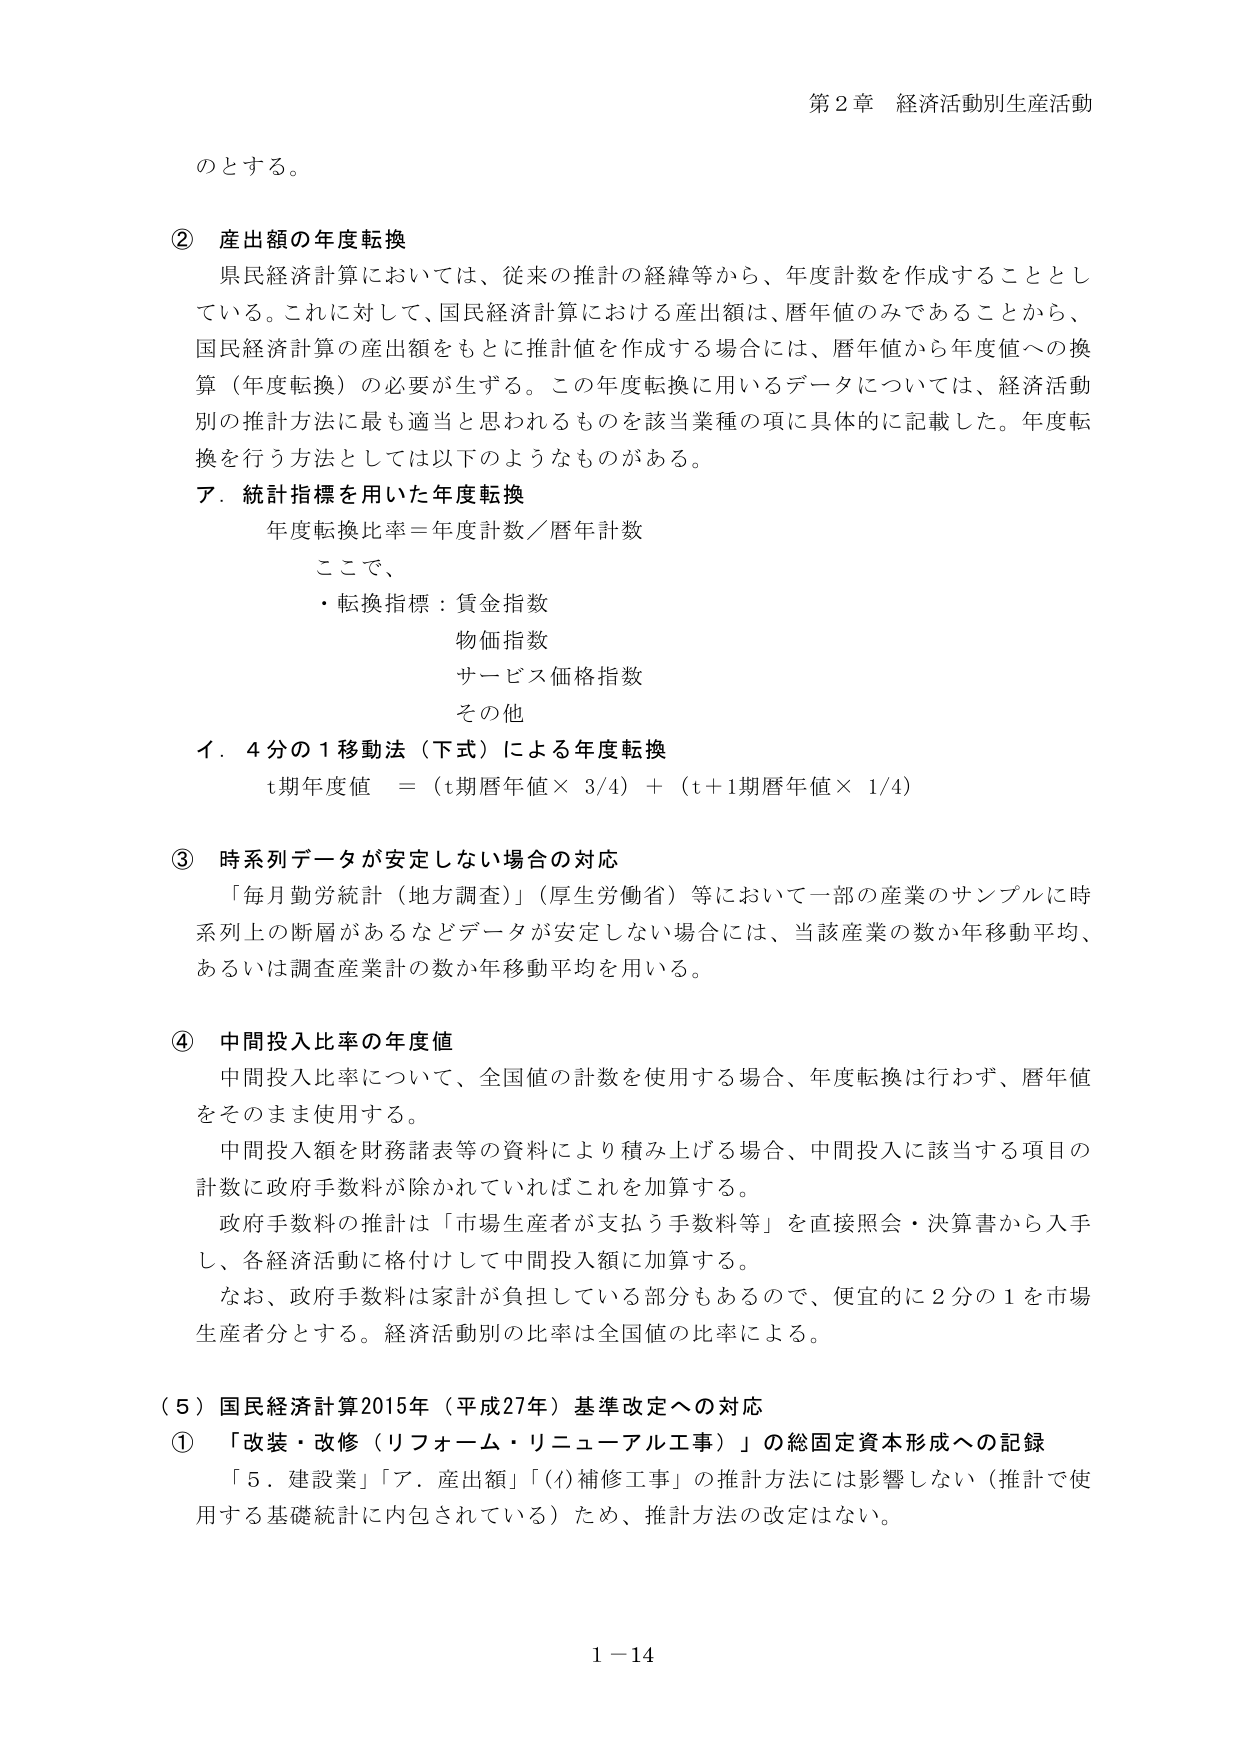
第２章 経済活動別生産活動

のとする。

② 産出額の年度転換
県民経済計算においては、従来の推計の経緯等から、年度計数を作成することとしている。これに対して、国民経済計算における産出額は、暦年値のみであることから、国民経済計算の産出額をもとに推計値を作成する場合には、暦年値から年度値への換算（年度転換）の必要が生ずる。この年度転換に用いるデータについては、経済活動別の推計方法に最も適当と思われるものを該当業種の項に具体的に記載した。年度転換を行う方法としては以下のようなものがある。

ア．統計指標を用いた年度転換
年度転換比率＝年度計数／暦年計数
ここで、
・転換指標：賃金指数
物価指数
サービス価格指数
その他

イ．４分の１移動法（下式）による年度転換
ｔ期年度値 ＝（ｔ期暦年値× 3/4）＋（ｔ＋1期暦年値× 1/4）

③ 時系列データが安定しない場合の対応
「毎月勤労統計（地方調査）」（厚生労働省）等において一部の産業のサンプルに時系列上の断層があるなどデータが安定しない場合には、当該産業の数か年移動平均、あるいは調査産業計の数か年移動平均を用いる。

④ 中間投入比率の年度値
中間投入比率について、全国値の計数を使用する場合、年度転換は行わず、暦年値をそのまま使用する。
中間投入額を財務諸表等の資料により積み上げる場合、中間投入に該当する項目の計数に政府手数料が除かれていればこれを加算する。
政府手数料の推計は「市場生産者が支払う手数料等」を直接照会・決算書から入手し、各経済活動に格付けして中間投入額に加算する。
なお、政府手数料は家計が負担している部分もあるので、便宜的に２分の１を市場生産者分とする。経済活動別の比率は全国値の比率による。

（５）国民経済計算2015年（平成27年）基準改定への対応
① 「改装・改修（リフォーム・リニューアル工事）」の総固定資本形成への記録
「５．建設業」「ア．産出額」「(ｲ)補修工事」の推計方法には影響しない（推計で使用する基礎統計に内包されている）ため、推計方法の改定はない。

1－14